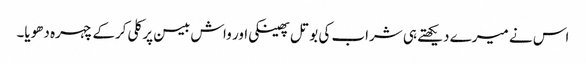
اس نے میرے دیکھتے ہی شراب کی بوتل پھینکی اور واش بیسن پر کلی کرکے چہرہ دھویا۔